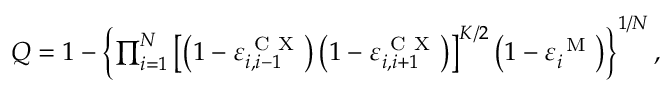
\begin{array} { r } { Q = 1 - \left\{ \prod _ { i = 1 } ^ { N } \left[ \left( 1 - \varepsilon _ { i , i - 1 } ^ { \mathrm { ~ C ~ X ~ } } \right) \left( 1 - \varepsilon _ { i , i + 1 } ^ { \mathrm { ~ C ~ X ~ } } \right) \right] ^ { K / 2 } \left( 1 - \varepsilon _ { i } ^ { \mathrm { ~ M ~ } } \right) \right\} ^ { 1 / { N } } , } \end{array}